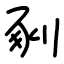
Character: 剢